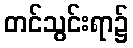
တင်သွင်းရာ၌